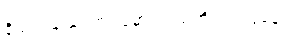
နိယတချည်းဟု ယူမှားသည်ကို ရှင်းပြခန်း။